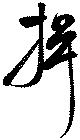
揖